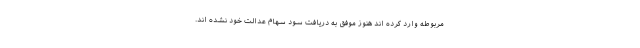
مربوطه وارد کرده اند هنوز موفق به دریافت سود سهام عدالت خود نشده اند.